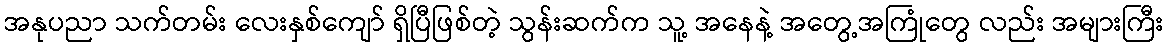
အနုပညာ သက်တမ်း လေးနှစ်ကျော် ရှိပြီဖြစ်တဲ့ သွန်းဆက်က သူ့ အနေနဲ့ အတွေ့အကြုံတွေ လည်း အများကြီး